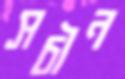
সচীন